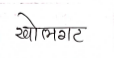
मजकूर: खोलगट